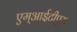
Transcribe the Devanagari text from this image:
एम्आईटीएस